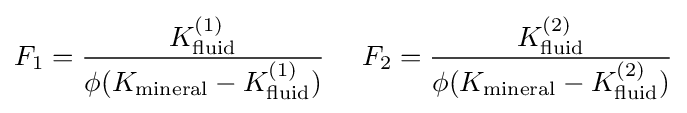
F_{1}={\frac {K_{\mathrm {fluid} }^{(1)}}{\phi (K_{\mathrm {mineral} }-K_{\mathrm {fluid} }^{(1)})}}\ \ \ \ F_{2}={\frac {K_{\mathrm {fluid} }^{(2)}}{\phi (K_{\mathrm {mineral} }-K_{\mathrm {fluid} }^{(2)})}}